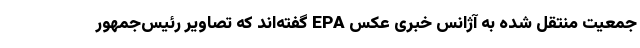
جمعیت منتقل شده به آژانس خبری عکس EPA گفته‌اند که تصاویر رئیس‌جمهور